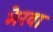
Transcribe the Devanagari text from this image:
भैरवा